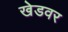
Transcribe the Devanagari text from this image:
खेडवर